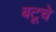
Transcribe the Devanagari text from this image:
बटूचे